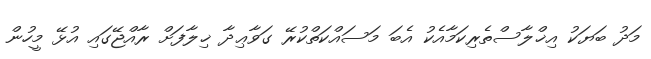
މަދު ބަޔަކު އިޚްލާސްތެރިކަމާއެކު އެބަ މަސައްކަތްކުރޭ ގަވާޢިދާ ޚިލާފަށް ރާއްޖޭގައި އުޅޭ މީހުން